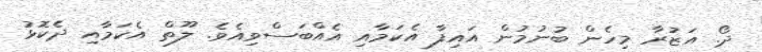
ދޯ. އަޒުރާ މިހެން ބުނުމުން އައިފާ އެކަމާއި އެއްބަސްވިއެވެ. ލޫތް އެކަމާއި ދެކޮޅު